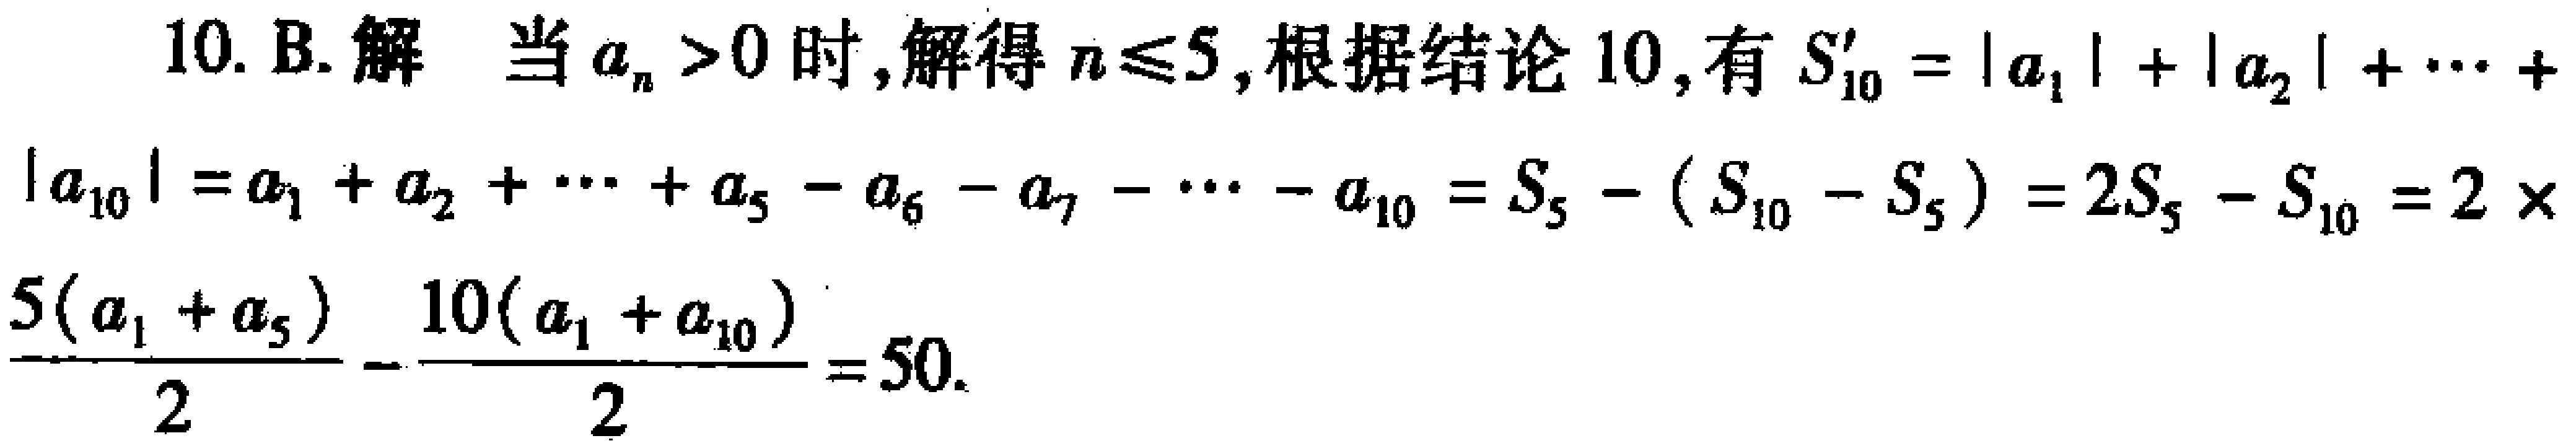
10. B. 解 当\(a_{n}>0\)时,解得\(n\leqslant5\),根据结论10,有\(S_{10}' = |a_{1}|+|a_{2}|+\cdots+|a_{10}| = a_{1}+a_{2}+\cdots+a_{5}-a_{6}-a_{7}-\cdots - a_{10}=S_{5}-(S_{10}-S_{5}) = 2S_{5}-S_{10}=2\times\frac{5(a_{1}+a_{5})}{2}-\frac{10(a_{1}+a_{10})}{2}=50\).